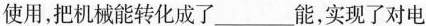
使用，把机械能转化成了___能，实现了对电